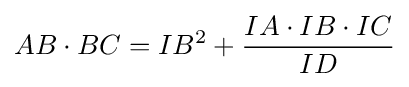
AB\cdot BC=IB^{2}+{\frac {IA\cdot IB\cdot IC}{ID}}